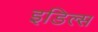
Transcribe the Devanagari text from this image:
इडिल्स